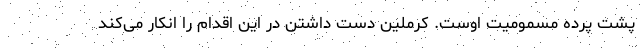
پشت پرده مسمومیت اوست. کرملین دست داشتن در این اقدام را انکار می‌کند